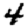
Digit: 4